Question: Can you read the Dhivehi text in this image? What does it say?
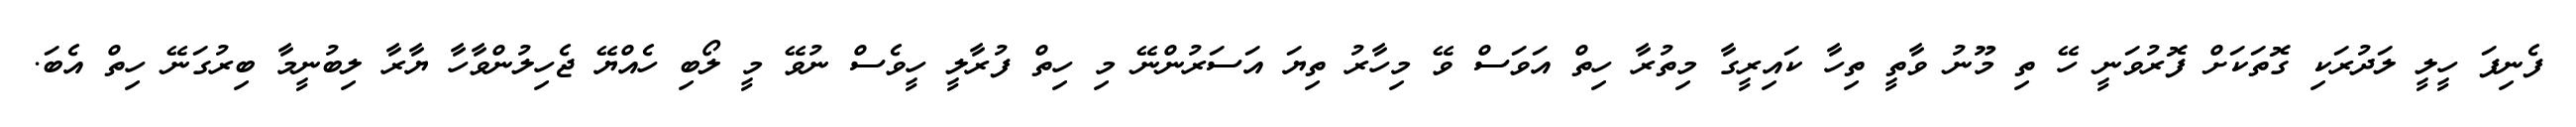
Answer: ފެނިފަ ހީލީ ލަދުރަކި ގޮތަކަށް ފޮރުވަނީ ހޭ ތި މޫނު ވާތީ ތިހާ ކައިރީގާ މިތުރާ ހިތް އަވަސް ވޭ މިހާރު ތިޔަ އަސަރުންނޭ މި ހިތް ފުރާލީ ހީވެސް ނުވޭ މީ ލޯބި ހެއްޔޭ ޖެހިލުންވާހާ ޔާރާ ލިބުނީމާ ބިރުގަނޭ ހިތް އެބަ.